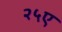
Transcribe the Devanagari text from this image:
२५ए